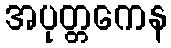
အပုတ္တကေန